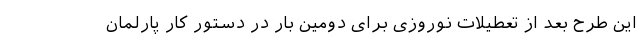
این طرح بعد از تعطیلات نوروزی برای دومین بار در دستور کار پارلمان